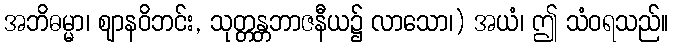
အဘိဓမ္မာ၊ ဈာနဝိဘင်း, သုတ္တန္တဘာဇနီယ၌ လာသော၊) အယံ၊ ဤ သံဝရသည်။